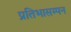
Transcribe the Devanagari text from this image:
प्रतिभासम्पन